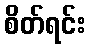
စိတ်ရင်း